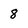
Character: 8